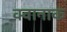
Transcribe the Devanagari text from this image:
क्वानाक